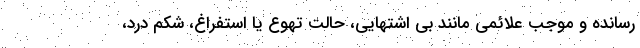
رسانده و موجب علائمی مانند بی اشتهایی، حالت تهوع یا استفراغ، شکم درد،